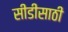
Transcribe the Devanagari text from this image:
सीडीसाठी